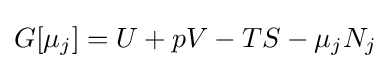
G[\mu _{j}]=U+pV-TS-\mu _{j}N_{j}